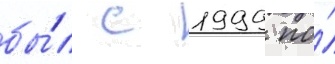
бы́л с 1999 по́